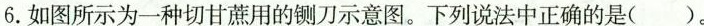
6.如图所示为一种切甘蔗用的铡刀示意图。下列说法中正确的是()。